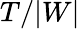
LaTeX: T/|W|